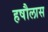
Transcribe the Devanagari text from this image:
हषौलास